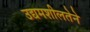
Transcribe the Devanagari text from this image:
उद्यमशीलतेने